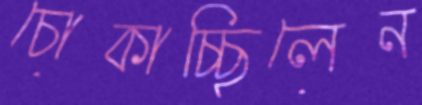
চোকাচ্ছিলেন